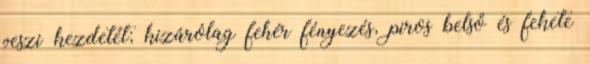
veszi kezdetét; kizárólag fehér fényezés, piros belső és fekete